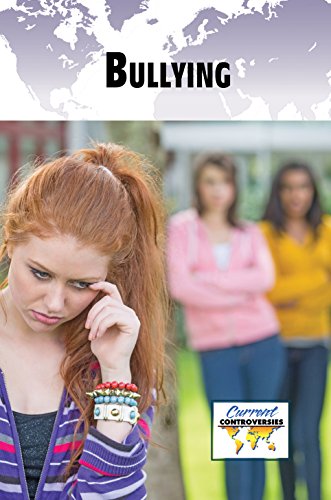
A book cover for Bullying (Current Controversies); Amy Francis; Teen & Young Adult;